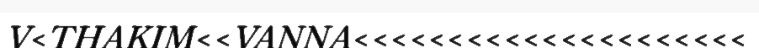
V<THAKIM<<VANNA<<<<<<<<<<<<<<<<<<<<<